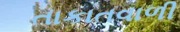
તાકાતવાળી